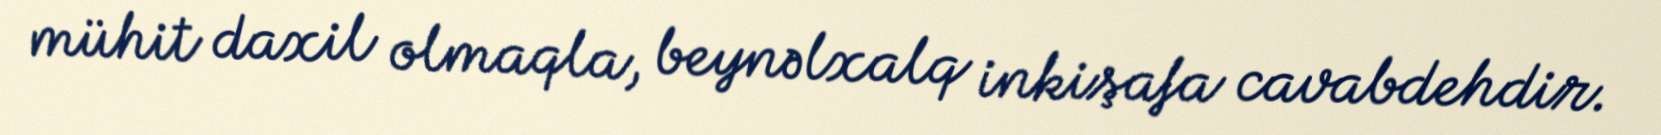
mühit daxil olmaqla, beynəlxalq inkişafa cavabdehdir.